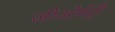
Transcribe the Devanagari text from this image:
जीओमेट्री